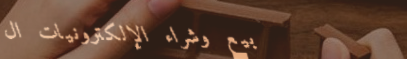
بيع وشراء الإلكترونيات ال